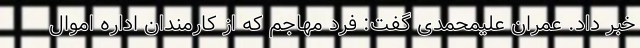
خبر داد. عمران علیمحمدی ‌گفت: فرد مهاجم که از کارمندان اداره اموال